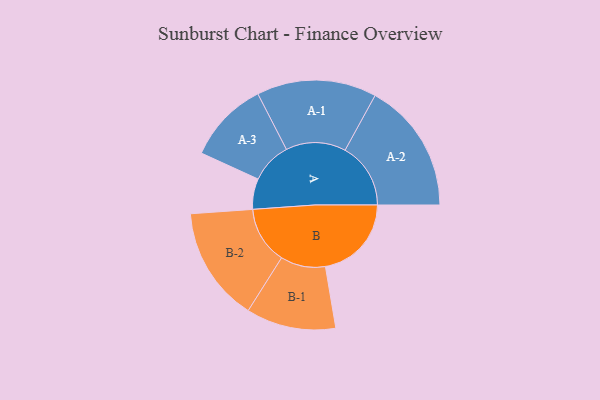
{"axis": {"x": "Segment", "y": "Value"}, "legend": ["", "A", "B"], "data": [{"x": "A", "y": 124, "type": ""}, {"x": "B", "y": 349, "type": ""}, {"x": "A-1", "y": 243, "type": "A"}, {"x": "A-2", "y": 266, "type": "A"}, {"x": "A-3", "y": 166, "type": "A"}, {"x": "B-1", "y": 182, "type": "B"}, {"x": "B-2", "y": 233, "type": "B"}]}